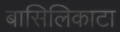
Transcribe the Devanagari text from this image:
बासिलिकाटा